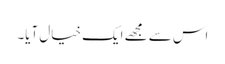
اس سے مجھے ایک خیال آیا۔